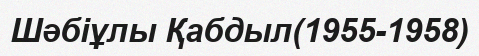
Шәбіұлы Қабдыл(1955-1958)